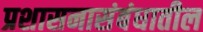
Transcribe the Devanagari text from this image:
प्रशासनासंबंधातील